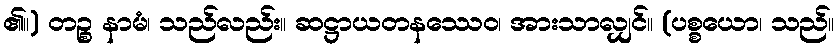
၏။) တဉ္စ နာမံ၊ သည်လည်း။ ဆဋ္ဌာယတနဿေဝ၊ အားသာလျှင်။ (ပစ္စယော၊ သည်။